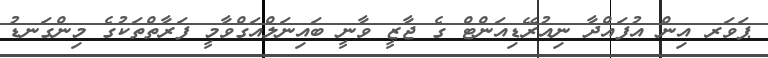
ޕަވަރ އިން އުފައްދާ ނިއުރޭޑިއަންޓް ގެ ޖާޒީ ވާނީ ބައިނަލްއަގްވާމީ ފަރާތްތަކުގެ މިންގަނޑު